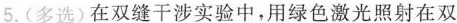
5. (多选) 在双缝干涉实验中，用绿色激光照射在双